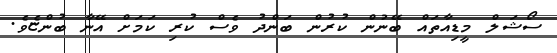
ސޯޝަލް މީޑިއާތައް ބޭނުން ކުރުން ބަންދު ވެސް ކުރި ކަމަށް އޭނާ ބުންޏެވެ.